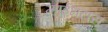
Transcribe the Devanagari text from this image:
म्हाईंभटास